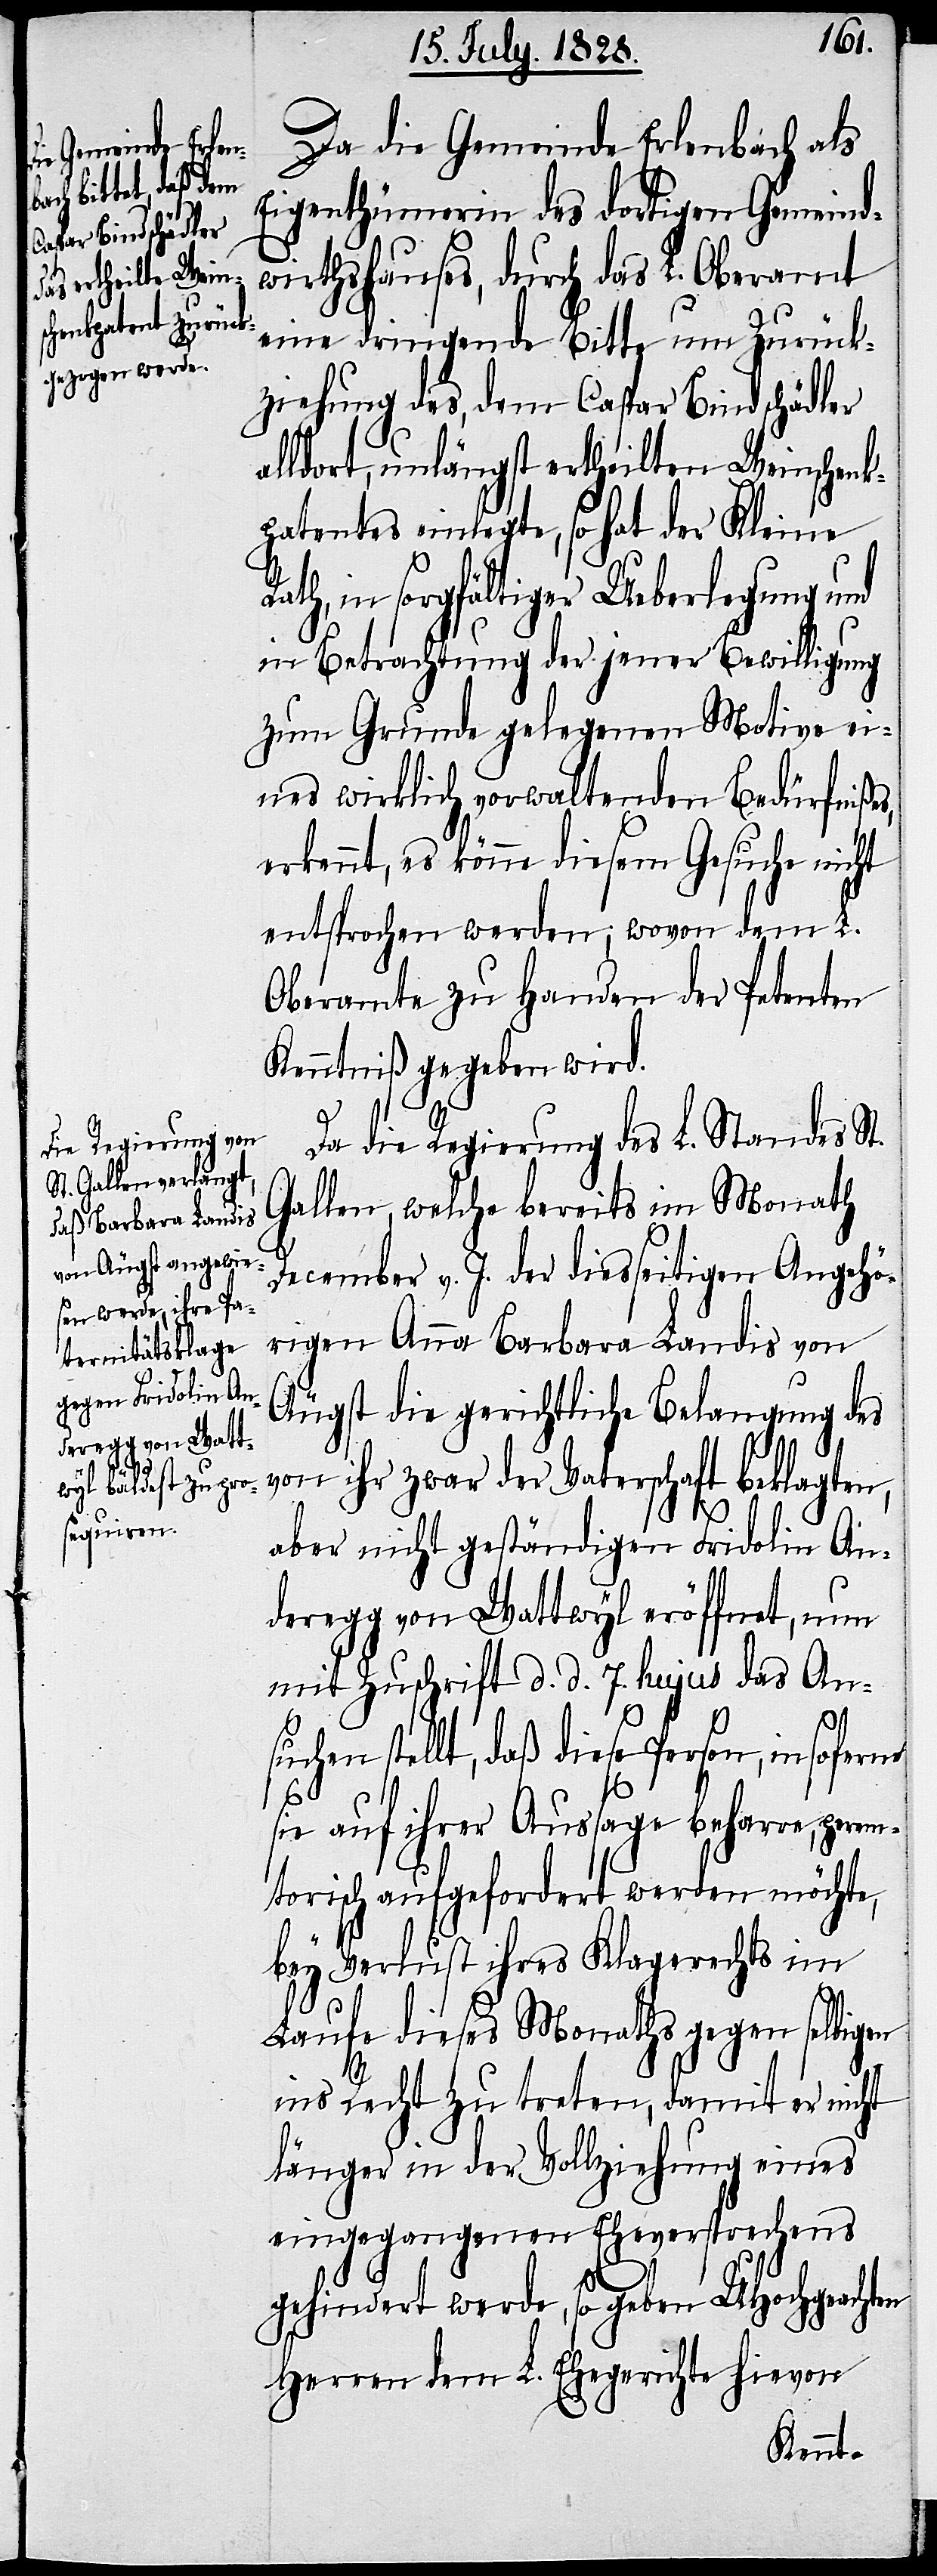
suchen
ne

Da die Gemeinde Erlenbach als
Eigenthümerin des dortigen Gemeind¬
wirthshauses, durch das L. Oberamt
eine dringende Bitte um Zurück¬
ziehung des, dem Caspar Bindschädler
alldort, unlängst ertheilten Weinschenk¬
patentes einlegte, so hat der Kleine
ath, in sorgfältiger Ueberlegung und
in Betrachtung der jener Bewilligung
zum Grunde gelegenen Motive ei¬
nes wirklich vorwaltenden Bedürfnißes,
erkennt, es könne diesem Gesuche nicht
entsprochen werden; wovon dem L.
Oberamte zu Handen der Petenten
Kenntniß gegeben wird.
Da die Regierung des L. Standes St.
Gallen, welche bereits im Monath
December v. J. der diesseitigen Angehö¬
rigen Anna Barbara Landis von
Äugst die gerichtliche Belangung des
von ihr zwar der Vaterschaft beklagten,
aber nicht geständigen Fridolin An¬
deregg von Wattwyl eröffnet, nun
mit Zuschrift d. d. 7. hujus das An¬
stellt, daß diese Person, in sofer¬
sie auf ihrer Aussage beharre, perem¬
torisch aufgefordert werden möchte,
bey Verlust ihres Klagerechts im
Laufe dieses Monaths gegen selbigen
ins Recht zu treten, damit er nicht
länger in der Vollziehung eines
eingegangenen Eheversprechens
gehindert werde, so geben UHochgeachten
Herren dem L. Ehegerichte hievon